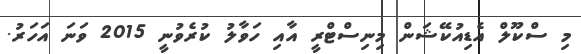
މި ސްކޫލް އެޑިއުކޭޝަން މިނިސްޓްރީ އާއި ހަވާލު ކުރެވުނީ 2015 ވަނަ އަހަރު.